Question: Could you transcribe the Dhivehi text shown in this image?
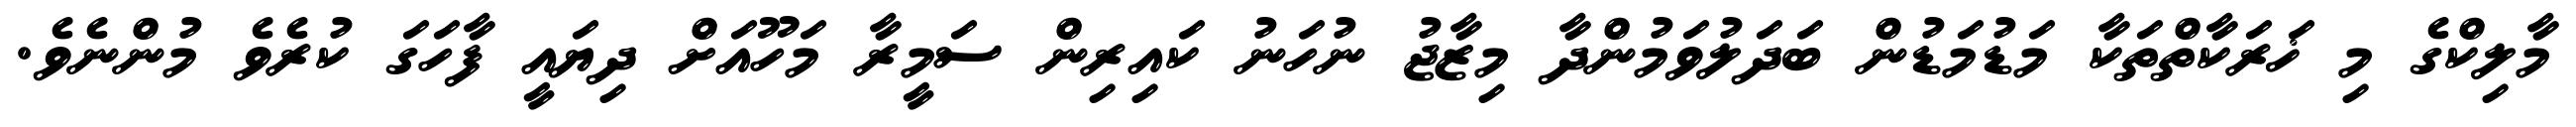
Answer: މާލިކްގެ މި ޚަރަކާތްތަކާ މަޑުމަޑުން ބަދަލުވަމުންދާ މިޒާޖު ނުހަނު ކައިރިން ސަމީރާ މަހޫއަށް ދިޔައީ ފާހަގަ ކުރެވެ މުންނެވެ.